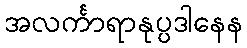
အလင်္ကာရာနုပ္ပဒါနေန